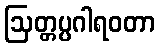
ဩတ္တပ္ပဂါရဝတာ